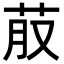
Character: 𮎭